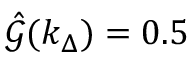
\hat { \mathcal { G } } ( k _ { \Delta } ) = 0 . 5